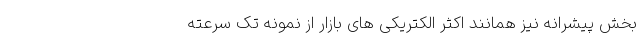
بخش پیشرانه نیز همانند اکثر الکتریکی های بازار از نمونه تک سرعته